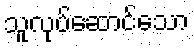
သူလုပ်ဆောင်သော